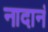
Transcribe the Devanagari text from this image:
नादानं